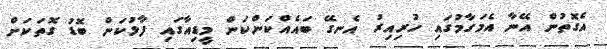
އެގޮތުން އޭނާ އެމަގާމުގައި ހުރިއިރު އެނގޭ ބައެއްކަންކަން މީޑިއާގައި ފާޅުކަން ބޮޑު ގޮތަކަށް